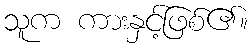
သူက ကားနှင့်ဖြစ်၏။